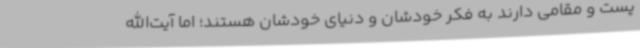
پست و مقامی دارند به فکر خودشان و دنیای خودشان هستند؛ اما آیت‌الله